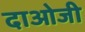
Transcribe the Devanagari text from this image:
दाओजी